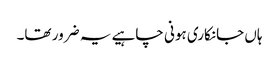
ہاں جانکاری ہونی چاہیے یہ ضرور تھا۔